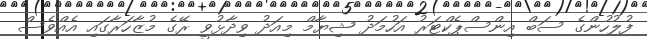
ފުލުހުންގެ ސަބް އިންސްޕެކްޓަރު އަހުމަދު ޝިޔާމް މިއަދު ވިދާޅުވީ ރޭގެ މުޒާހަރާގައި އެއްވެސް